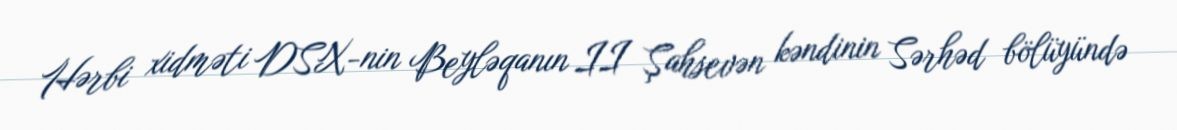
Hərbi xidməti DSX-nin Beyləqanın II Şahsevən kəndinin Sərhəd bölüyündə